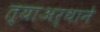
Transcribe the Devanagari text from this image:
त्याअर्थाने